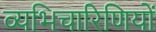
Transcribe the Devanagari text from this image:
व्यभिचारिणियों